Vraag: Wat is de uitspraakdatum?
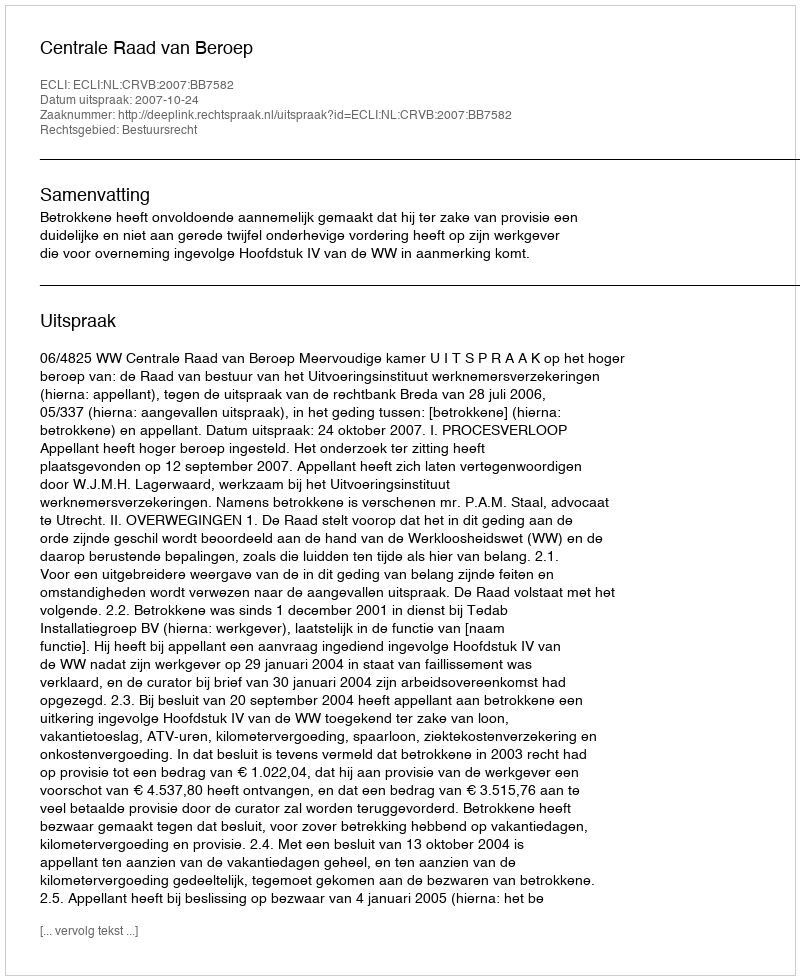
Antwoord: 2007-10-24